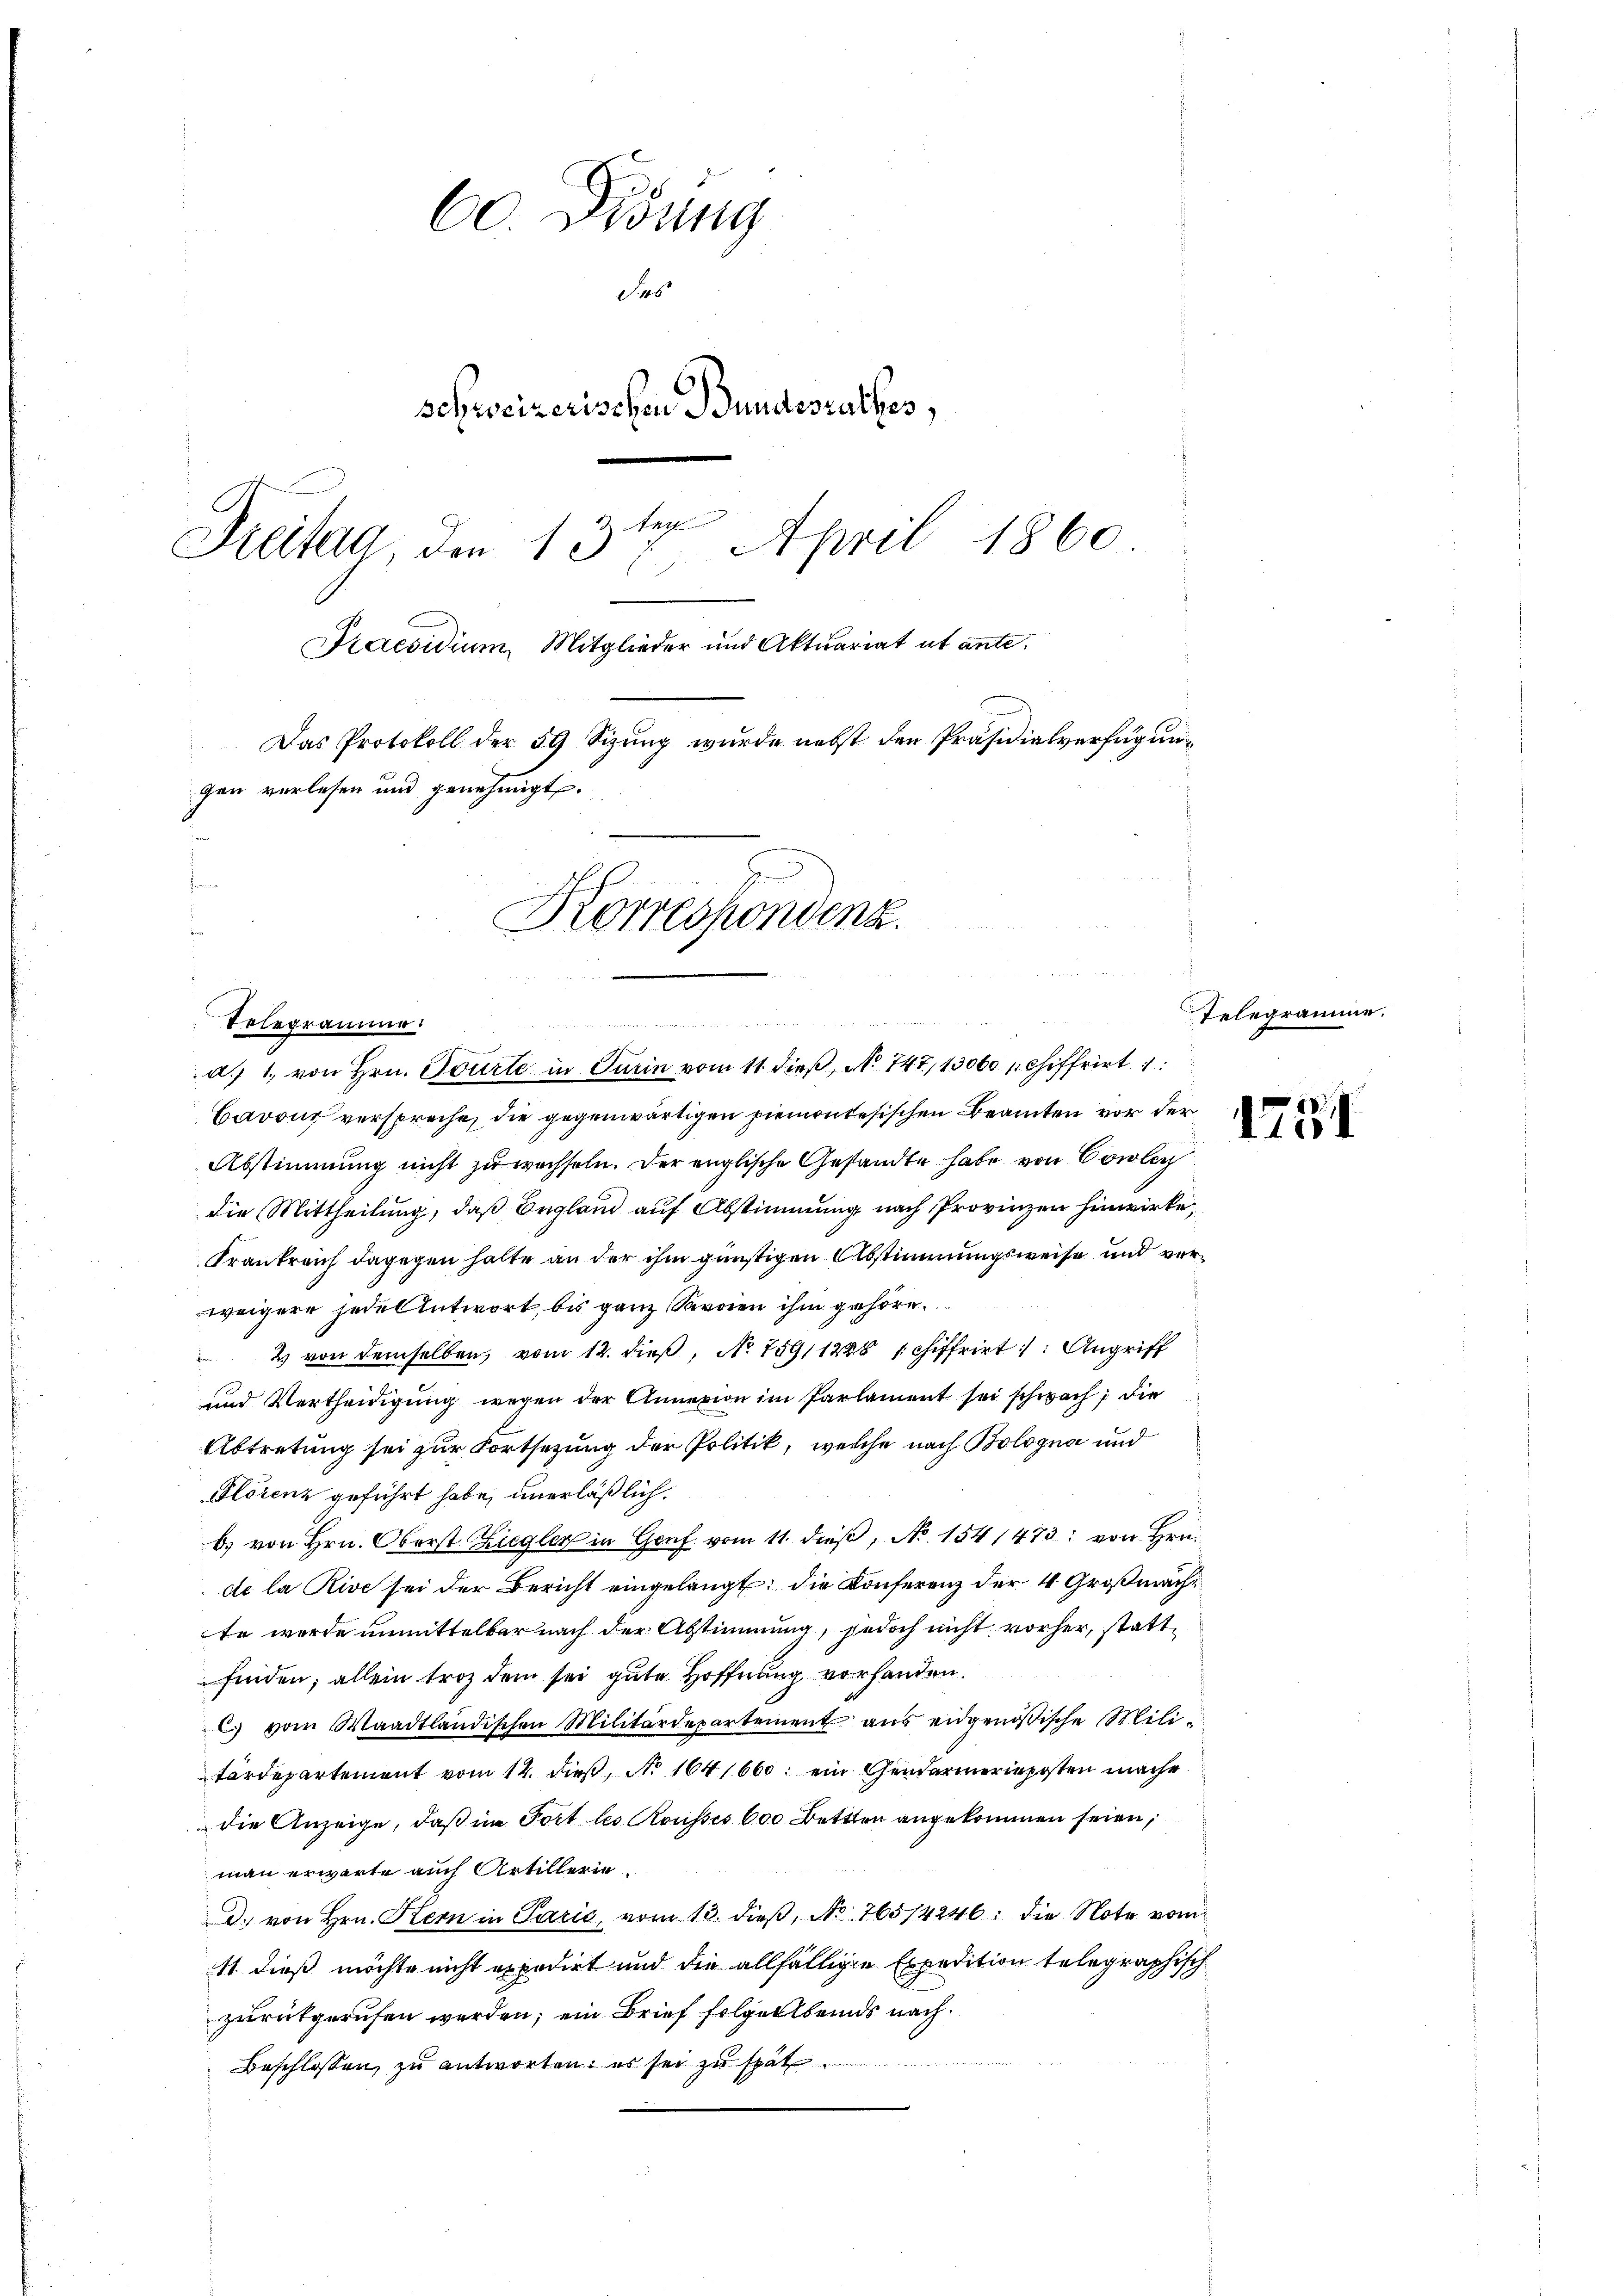
60 Didung
Sus
schweizerischen Bundesrathes,
Se
Dreitag, den 137. April 1860
Kraesidium Mitglieder und Aktuariat ut ante.
Das Protokoll der 59 Sizung wurde nebst den Präsidialverfügungen verlesen und genehmigt.
d
d
n
Korrespondenz.

nur einen an den
Telegramme:
d 1., von Hrn. Tourte in Turin vom 11. dieß, No 747, 13000 schiffrirt

Bavon verspreche, die gegenwärtigen Piemontesischen Beamten vor der
Abstimmung nicht zu wechseln. Der englische Gesandte habe von Couler
die Mittheilung, daß England auf Abstimmung nach Provinzen hinwirke
Frankreich dagegen halte an der ihm günstigen Abstimmungsweise und verweigere jede Antwort, bis ganz Kronen ihm gehöre.
2 von demselben, vom 12. dieβ, No. 75911228 schiffrirt : Angriff
und Vertheidigung wegen der Annexion im Parlament sei schwach; die
Abtretung sei zur Fortsetzung der Politik, welche nach Bologna und
Florenz geführt habe, unerläßlich.
b) von Hrn. Oberst Ziegler in Genf vom 11. dieβ, No. 1541473: von Hrn.
de la Rive sei der Bericht eingelangt; die Konferenz der 4 Großmache
te werde unmittelbar nach der Abstimmung, jedoch nicht vorher, stattfinden; allein troz dem sei gute Hoffnung vorhanden.
C vom Waadtländischen Militärdepartement aus eidgenößische Militärdepartement vom 12. dieß, No 1641660: ein Gendarmerieposten mache
die Anzeige, daß in Fort les Rousses 600 Bettten angekommen seien,
man erwarte auch Artillerie
d. von Hrn. Kern in Parić, vom 13. dieß, No. 76514240: die Note vom
11 dieß möchte nicht expedirt und die allfälligen Expedition telegraphisch
zurükgerufen werden; ein Brief folgellbeins nach¬
Beschlossen, zu antworten, es sei zu spät

Telegramme.

1751